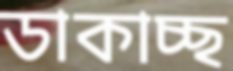
ডাকাচ্ছ